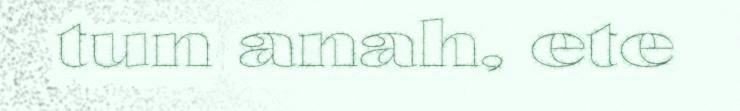
tun anah, ete